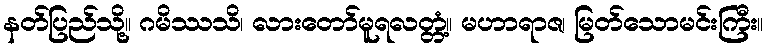
နတ်ပြည်သို့။ ဂမိဿသိ၊ လားတော်မူရလတ္တံ့။ မဟာရာဇ၊ မြတ်သောမင်းကြီး။